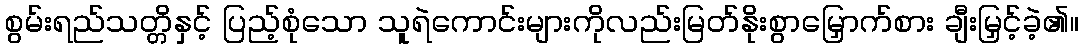
စွမ်းရည်သတ္တိနှင့် ပြည့်စုံသော သူရဲကောင်းများကိုလည်းမြတ်နိုးစွာမြှောက်စား ချီးမြှင့်ခဲ့၏။